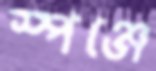
স্পঞ্জে